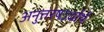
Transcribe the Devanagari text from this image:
अनुत्तरषऽर्धार्थ